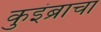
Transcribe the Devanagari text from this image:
कुइंब्राचा